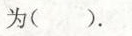
为（ ）.